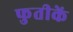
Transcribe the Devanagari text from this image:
फुतीकें